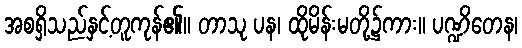
အစရှိသည်နှင့်တူကုန်၏။ တာသု ပန၊ ထိုမိန်းမတို့၌ကား။ ပဏ္ဍိတေန၊